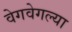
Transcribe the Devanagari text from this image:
वेगवेगल्या